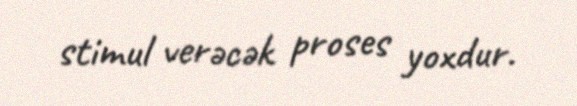
stimul verəcək proses yoxdur.